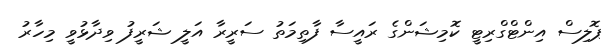
ޕޮލިސް އިންޓްގްރިޓީ ކޮމިޝަންގެ ރައީސާ ފާތިމަތު ސަރީރާ އަލީ ޝަރީފު ވިދާޅުވީ މިހާރު